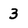
Character: 3